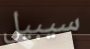
سيبيل